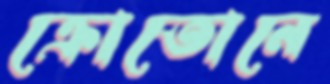
ক্রোতোনে